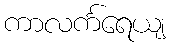
ကာလင်္ကရေယျ